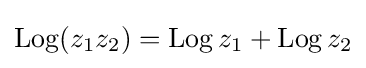
\operatorname {Log} (z_{1}z_{2})=\operatorname {Log} z_{1}+\operatorname {Log} z_{2}